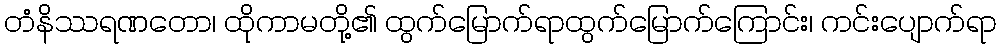
တံနိဿရဏတော၊ ထိုကာမတို့၏ ထွက်မြောက်ရာထွက်မြောက်ကြောင်း၊ ကင်းပျောက်ရာ